Leningradi_Edasi_toimetus, lk 75
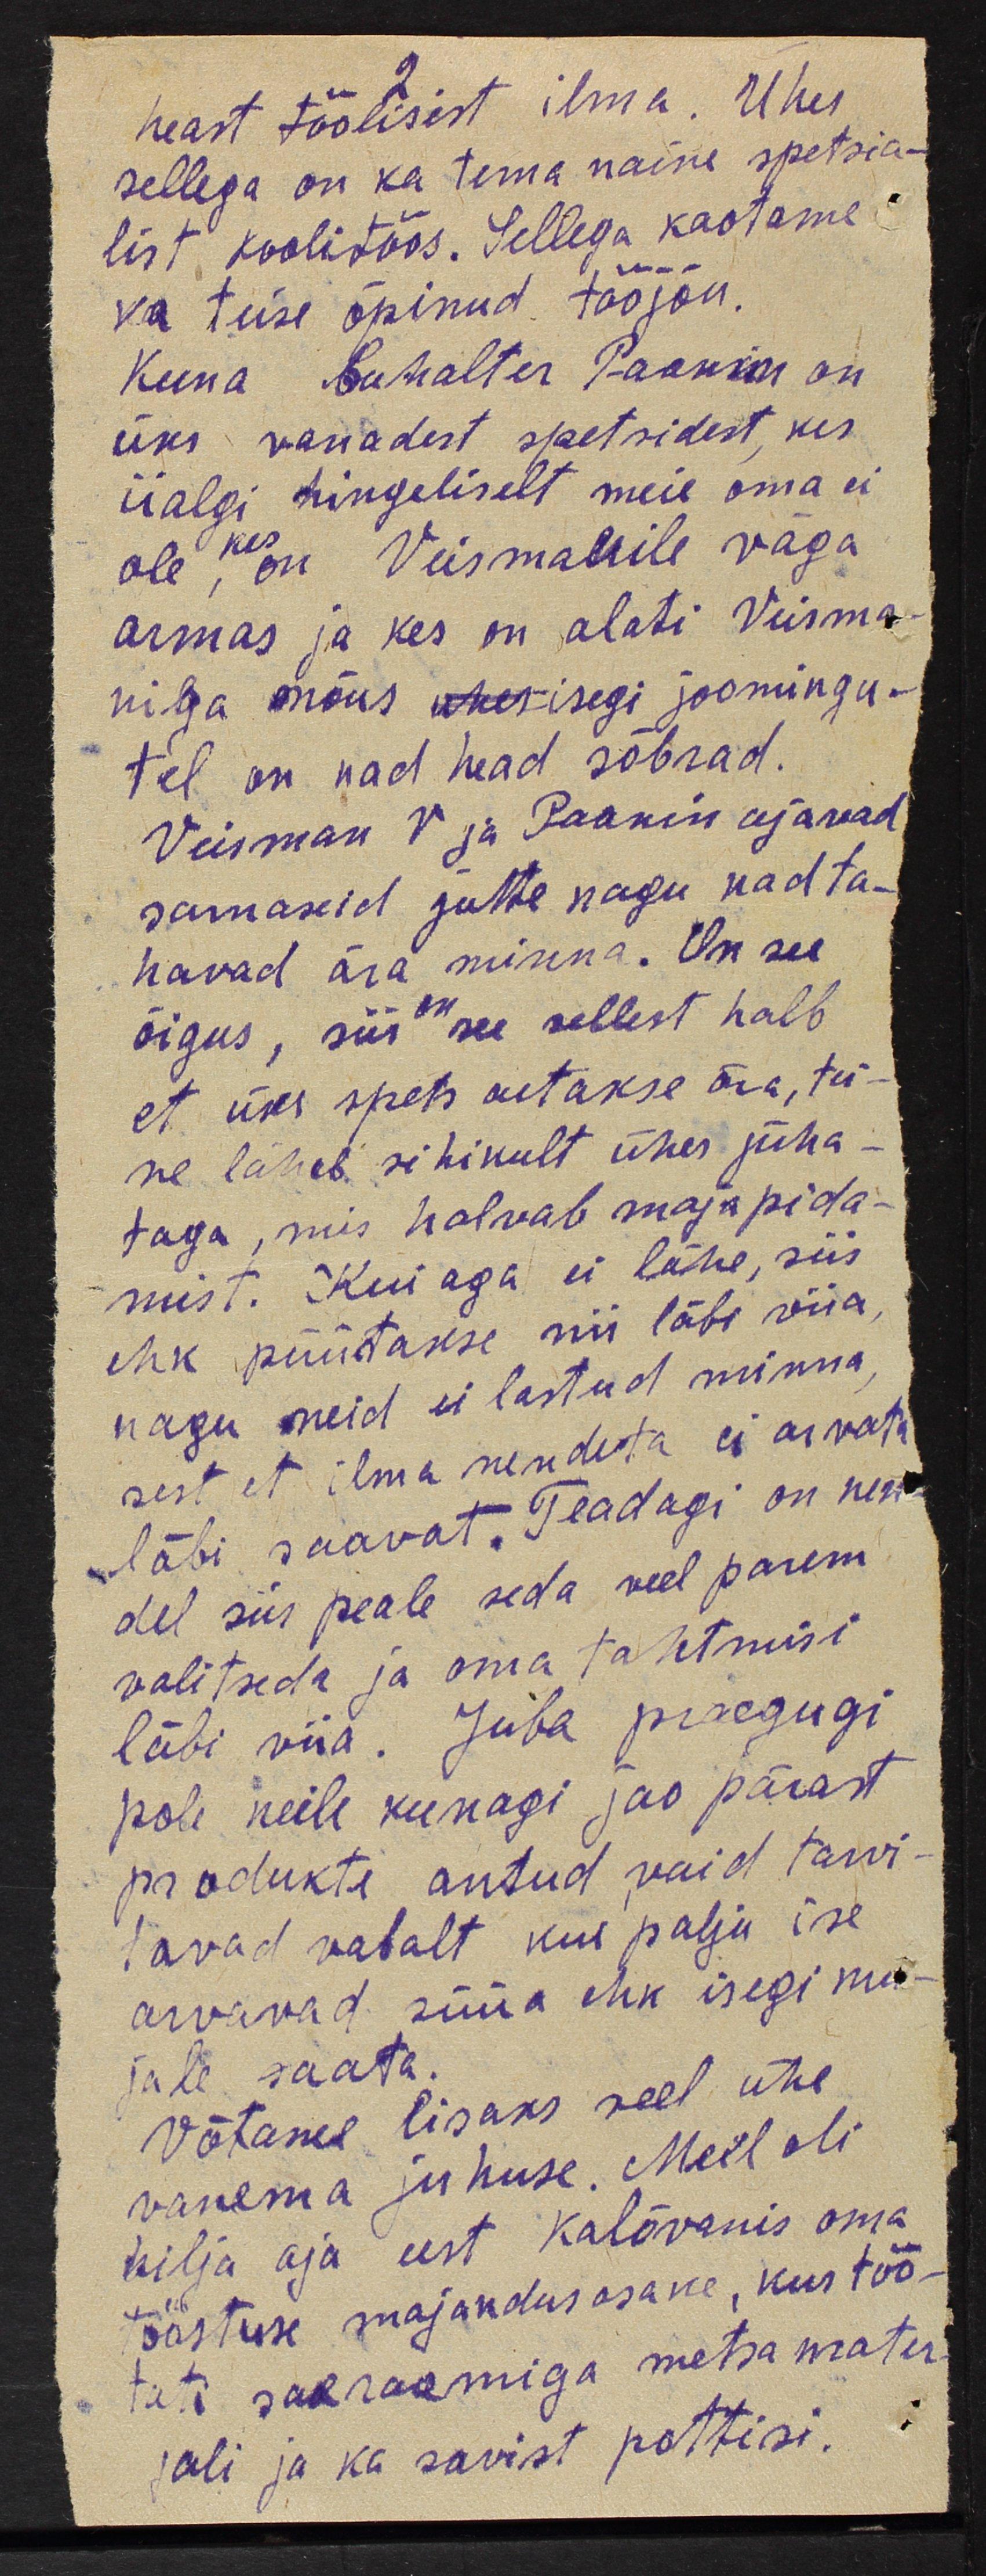
heast töölisest, ilma. Ühes
sellega on ka tema naine spetsia-
list koolitöös. Sellega kaotame
ka teise õpinud tööjõu.
Kuna Buhalter Paakin on
üks vanadest spetsidest kes
iialgi hingeliselt meie oma ei
ole on Veismanile väga
armas ja kes on alati Veisma
niga nõus ühes isegi joomingu-
tel on nad head sõbrad.
Veisman V ja Paakin ajavad
sarnaseid jutte nagu nad ta-
havad ära minna. On see
õigus, siis see sellest halb
et üks spets aetakse ära, tei-
ne läheb sihikult ühes juha-
taga, mis halvab majapida-
mist. Kui aga ei lähe, siis
ehk püütakse nii läbi viia,
nagu meid ei lastud minna
sest, et ilma nendeta ei arvata
läbi saavat. Teadagi on nen-
del siis peale seda veel parem
valitseda ja oma tahtmisi
läbi viia. Juba praegugi
pole neile kunagi jao pärast
produkte antud vaid tarvi-
tavad vabalt kui palju ise
arvavad süüa ehk isegi mu-
jale saata.
Võtame lisaks veel ühe,
vanema juhuse. Meil oli
hilja aja eest Kalõvanis oma
tööstuse majandusosake, kus töö-
tati sakraamiga metsa mater-
jali ja ka savist pottisi.